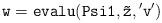
LaTeX: \begin{align*}{\tt w=evalu(Psi1,\tilde z,{'v'})}\end{align*}